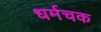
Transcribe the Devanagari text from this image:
धर्मचक